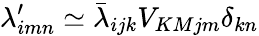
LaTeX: \lambda_{imn}^{\prime}\simeq\bar{\lambda}_{ijk}V_{KMjm}\delta_{kn}